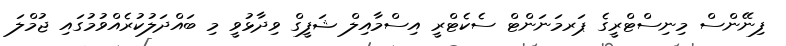
ފިނޭންސް މިނިސްޓްރީގެ ޕަރމަނަންޓް ސެކެޓްރީ އިސްމާއިލް ޝަފީގް ވިދާޅުވީ މި ބައްދަލުކުރެއްވުމުގައި ޖުމްލަ